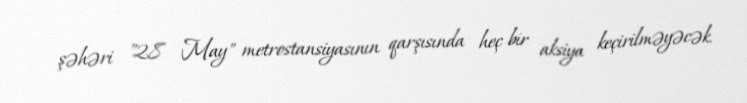
şəhəri "28 May" metrostansiyasının qarşısında heç bir aksiya keçirilməyəcək.